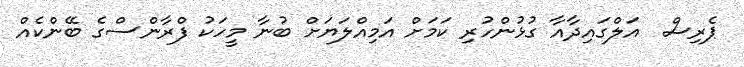
ޕެރިސް  އަލްގައިދާއާ ގުޅުންހުރި ކަމަށް އަމިއްލަޔަށް ބުނާ މީހަކު ފްރާންސްގެ ބޭންކެއް